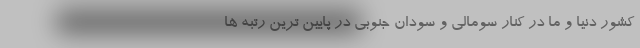
کشور دنیا و ما در کنار سومالی و سودان جنوبی در پایین ترین رتبه ها